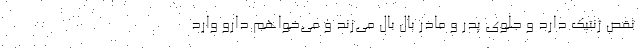
نقص ژنتیک دارد و جلوی پدر و مادر بال بال می‌زند و می‌خواهم دارو وارد